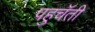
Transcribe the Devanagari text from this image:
पहुचॅती